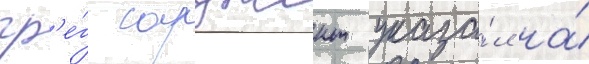
гр'е́г сарджент указа́л на́